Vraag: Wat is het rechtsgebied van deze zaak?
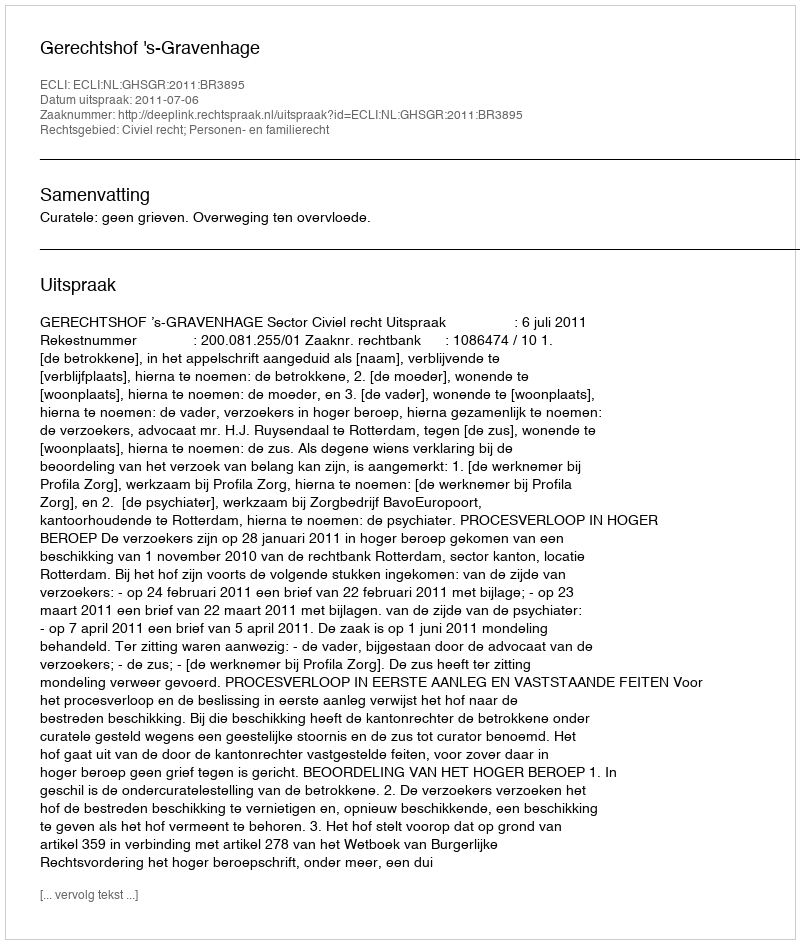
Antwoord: Civiel recht; Personen- en familierecht